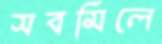
সবমিলে